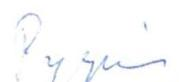
Pyysin